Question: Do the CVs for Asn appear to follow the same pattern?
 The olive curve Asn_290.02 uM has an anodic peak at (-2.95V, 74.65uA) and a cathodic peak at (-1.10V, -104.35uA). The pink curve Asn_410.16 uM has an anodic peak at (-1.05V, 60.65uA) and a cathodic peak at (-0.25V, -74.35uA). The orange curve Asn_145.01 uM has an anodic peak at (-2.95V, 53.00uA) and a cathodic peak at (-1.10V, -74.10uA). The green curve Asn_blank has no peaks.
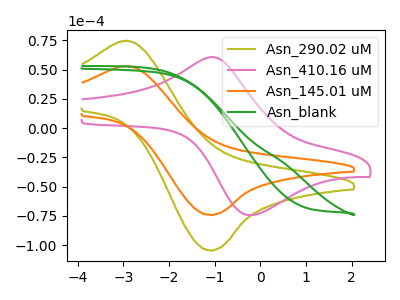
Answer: <think>"Asn_290.02 uM" and "Asn_410.16 uM" have at least one peak that do not match. All the peaks in "Asn_290.02 uM" have a peak in "Asn_145.01 uM" at the same potential. Every peak in "Asn_290.02 uM" is higher than every peak in "Asn_145.01 uM". "Asn_290.02 uM" and "Asn_blank" have a different number of peaks. "Asn_410.16 uM" and "Asn_145.01 uM" have at least one peak that do not match. "Asn_410.16 uM" and "Asn_blank" have a different number of peaks. "Asn_145.01 uM" and "Asn_blank" have a different number of peaks.
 </think>
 <answer>All the CV's of "Asn" have similar shape.</answer>
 <eval>follow_rule</eval>